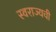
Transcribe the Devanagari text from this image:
स्वराज्यची